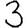
Digit: 3